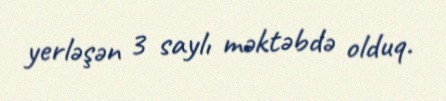
yerləşən 3 saylı məktəbdə olduq.